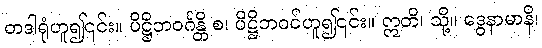
တဒါရုံဟူ၍၎င်း။ ပိဋ္ဌိဘဝင်္ဂန္တိ စ၊ ပိဋ္ဌိဘဝင်ဟူ၍၎င်း။ ဣတိ၊ သို့။ ဒွေနာမာနိ၊